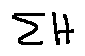
\sum H